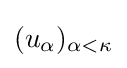
(u_{\alpha })_{\alpha <\kappa }